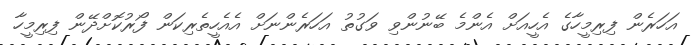
އަހަރެން ފިރިމީހާގެ އެހީއަށް އެންމެ ބޭނުންވި ވަގުތު އަހަރެންނަށް އެއެހީތެރިކަން ފޯރުކޮށްދޭން ފިރިމީހާ